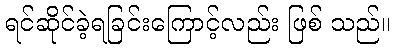
ရင်ဆိုင်ခဲ့ရခြင်းကြောင့်လည်း ဖြစ် သည်။